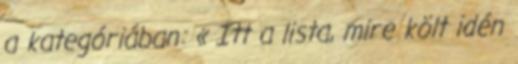
a kategóriában: « Itt a lista, mire költ idén